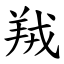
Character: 羢